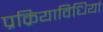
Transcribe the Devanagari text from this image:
प्रक्रियाविधियां